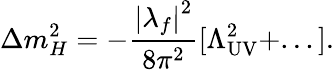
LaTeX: \Delta m_{H}^{2}=-{\frac{\left|\lambda_{f}\right|^{2}}{8\pi^{2}}}[\Lambda_{\mathrm{UV}}^{2}+...].